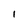
Character: l